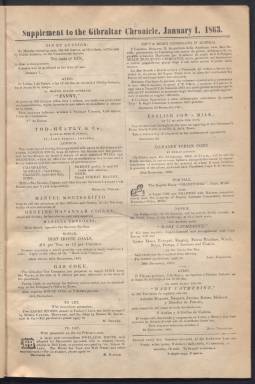
Título: Gibraltar chronicle and commercial intelligencer
Colección: Periódicos
Ámbito geográfico: Gibraltar
Lugar de publicación: Gibraltar
Fechas: 01/01/1863-15/12/1876